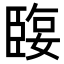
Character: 𦣬